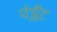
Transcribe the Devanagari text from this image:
पेप्लैट